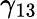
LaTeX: \gamma_{13}